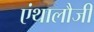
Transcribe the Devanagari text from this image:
एंथालौजी